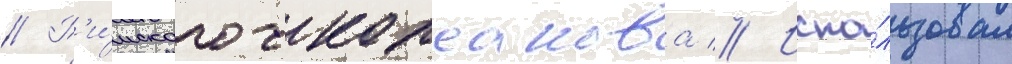
// Р'и́мского-корсакова // Испо́льзовал